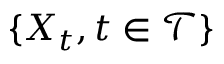
\{ X _ { t } , t \in \mathcal { T } \}